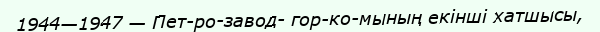
1944—1947 — Пет­ро­завод­ гор­ко­мының екінші хатшысы,